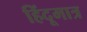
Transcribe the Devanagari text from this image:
हिंदूमात्र